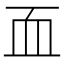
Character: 𮕜